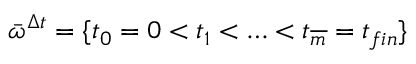
\bar { \omega } ^ { \Delta t } = \{ t _ { 0 } = 0 < t _ { 1 } < \ldots < t _ { \overline { { m } } } = t _ { f i n } \}